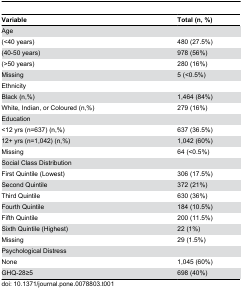
| Variable | Total (n, %) |
 | --- | --- |
 | Age |  |
 | (<40 years) | 480 (27.5%) |
 | (40-50 years) | 978 (56%) |
 | (>50 years) | 280 (16%) |
 | Missing | 5 (<0.5%) |
 | Ethnicity |  |
 | Black (n,%) | 1,464 (84%) |
 | White, Indian, or Coloured (n,%) | 279 (16%) |
 | Education |  |
 | <12 yrs (n=637) (n,%) | 637 (36.5%) |
 | 12+ yrs (n=1,042) (n,%) | 1,042 (60%) |
 | Missing | 64 (<0.5%) |
 | Social Class Distribution |  |
 | First Quintile (Lowest) | 306 (17.5%) |
 | Second Quintile | 372 (21%) |
 | Third Quintile | 630 (36%) |
 | Fourth Quintile | 184 (10.5%) |
 | Fifth Quintile | 200 (11.5%) |
 | Sixth Quintile (Highest) | 22 (1%) |
 | Missing | 29 (1.5%) |
 | Psychological Distress |  |
 | None | 1,045 (60%) |
 | GHQ-28≥5 | 698 (40%) |